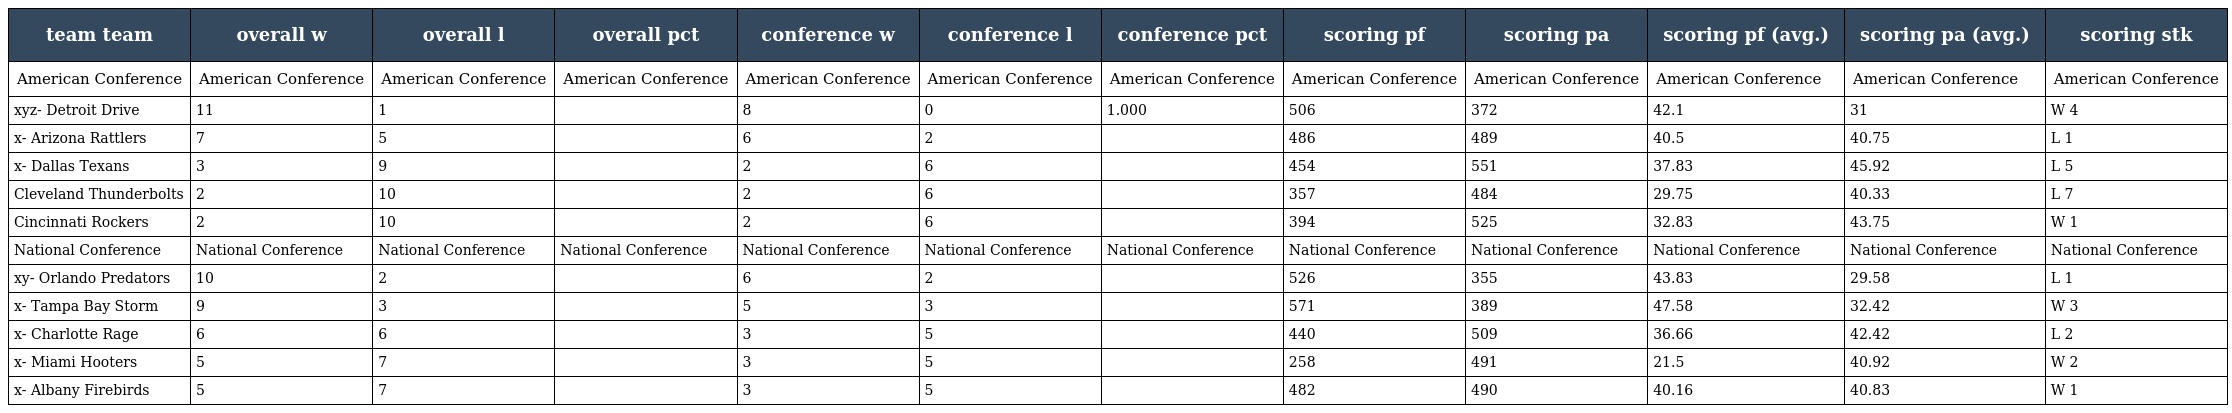
| team team | overall w | overall l | overall pct | conference w | conference l | conference pct | scoring pf | scoring pa | scoring pf (avg.) | scoring pa (avg.) | scoring stk |
 | --- | --- | --- | --- | --- | --- | --- | --- | --- | --- | --- | --- |
 | American Conference | American Conference | American Conference | American Conference | American Conference | American Conference | American Conference | American Conference | American Conference | American Conference | American Conference | American Conference |
 | xyz- Detroit Drive | 11 | 1 |  | 8 | 0 | 1.000 | 506 | 372 | 42.1 | 31 | W 4 |
 | x- Arizona Rattlers | 7 | 5 |  | 6 | 2 |  | 486 | 489 | 40.5 | 40.75 | L 1 |
 | x- Dallas Texans | 3 | 9 |  | 2 | 6 |  | 454 | 551 | 37.83 | 45.92 | L 5 |
 | Cleveland Thunderbolts | 2 | 10 |  | 2 | 6 |  | 357 | 484 | 29.75 | 40.33 | L 7 |
 | Cincinnati Rockers | 2 | 10 |  | 2 | 6 |  | 394 | 525 | 32.83 | 43.75 | W 1 |
 | National Conference | National Conference | National Conference | National Conference | National Conference | National Conference | National Conference | National Conference | National Conference | National Conference | National Conference | National Conference |
 | xy- Orlando Predators | 10 | 2 |  | 6 | 2 |  | 526 | 355 | 43.83 | 29.58 | L 1 |
 | x- Tampa Bay Storm | 9 | 3 |  | 5 | 3 |  | 571 | 389 | 47.58 | 32.42 | W 3 |
 | x- Charlotte Rage | 6 | 6 |  | 3 | 5 |  | 440 | 509 | 36.66 | 42.42 | L 2 |
 | x- Miami Hooters | 5 | 7 |  | 3 | 5 |  | 258 | 491 | 21.5 | 40.92 | W 2 |
 | x- Albany Firebirds | 5 | 7 |  | 3 | 5 |  | 482 | 490 | 40.16 | 40.83 | W 1 |